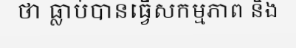
ថា ធ្លាប់បានធ្វើសកម្មភាព និង